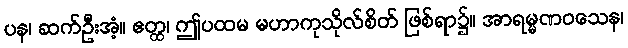
ပန၊ ဆက်ဦးအံ့။ ဧတ္ထ၊ ဤပထမ မဟာကုသိုလ်စိတ် ဖြစ်ရာ၌။ အာရမ္မဏဝသေန၊